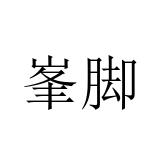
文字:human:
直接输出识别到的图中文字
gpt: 峯脚